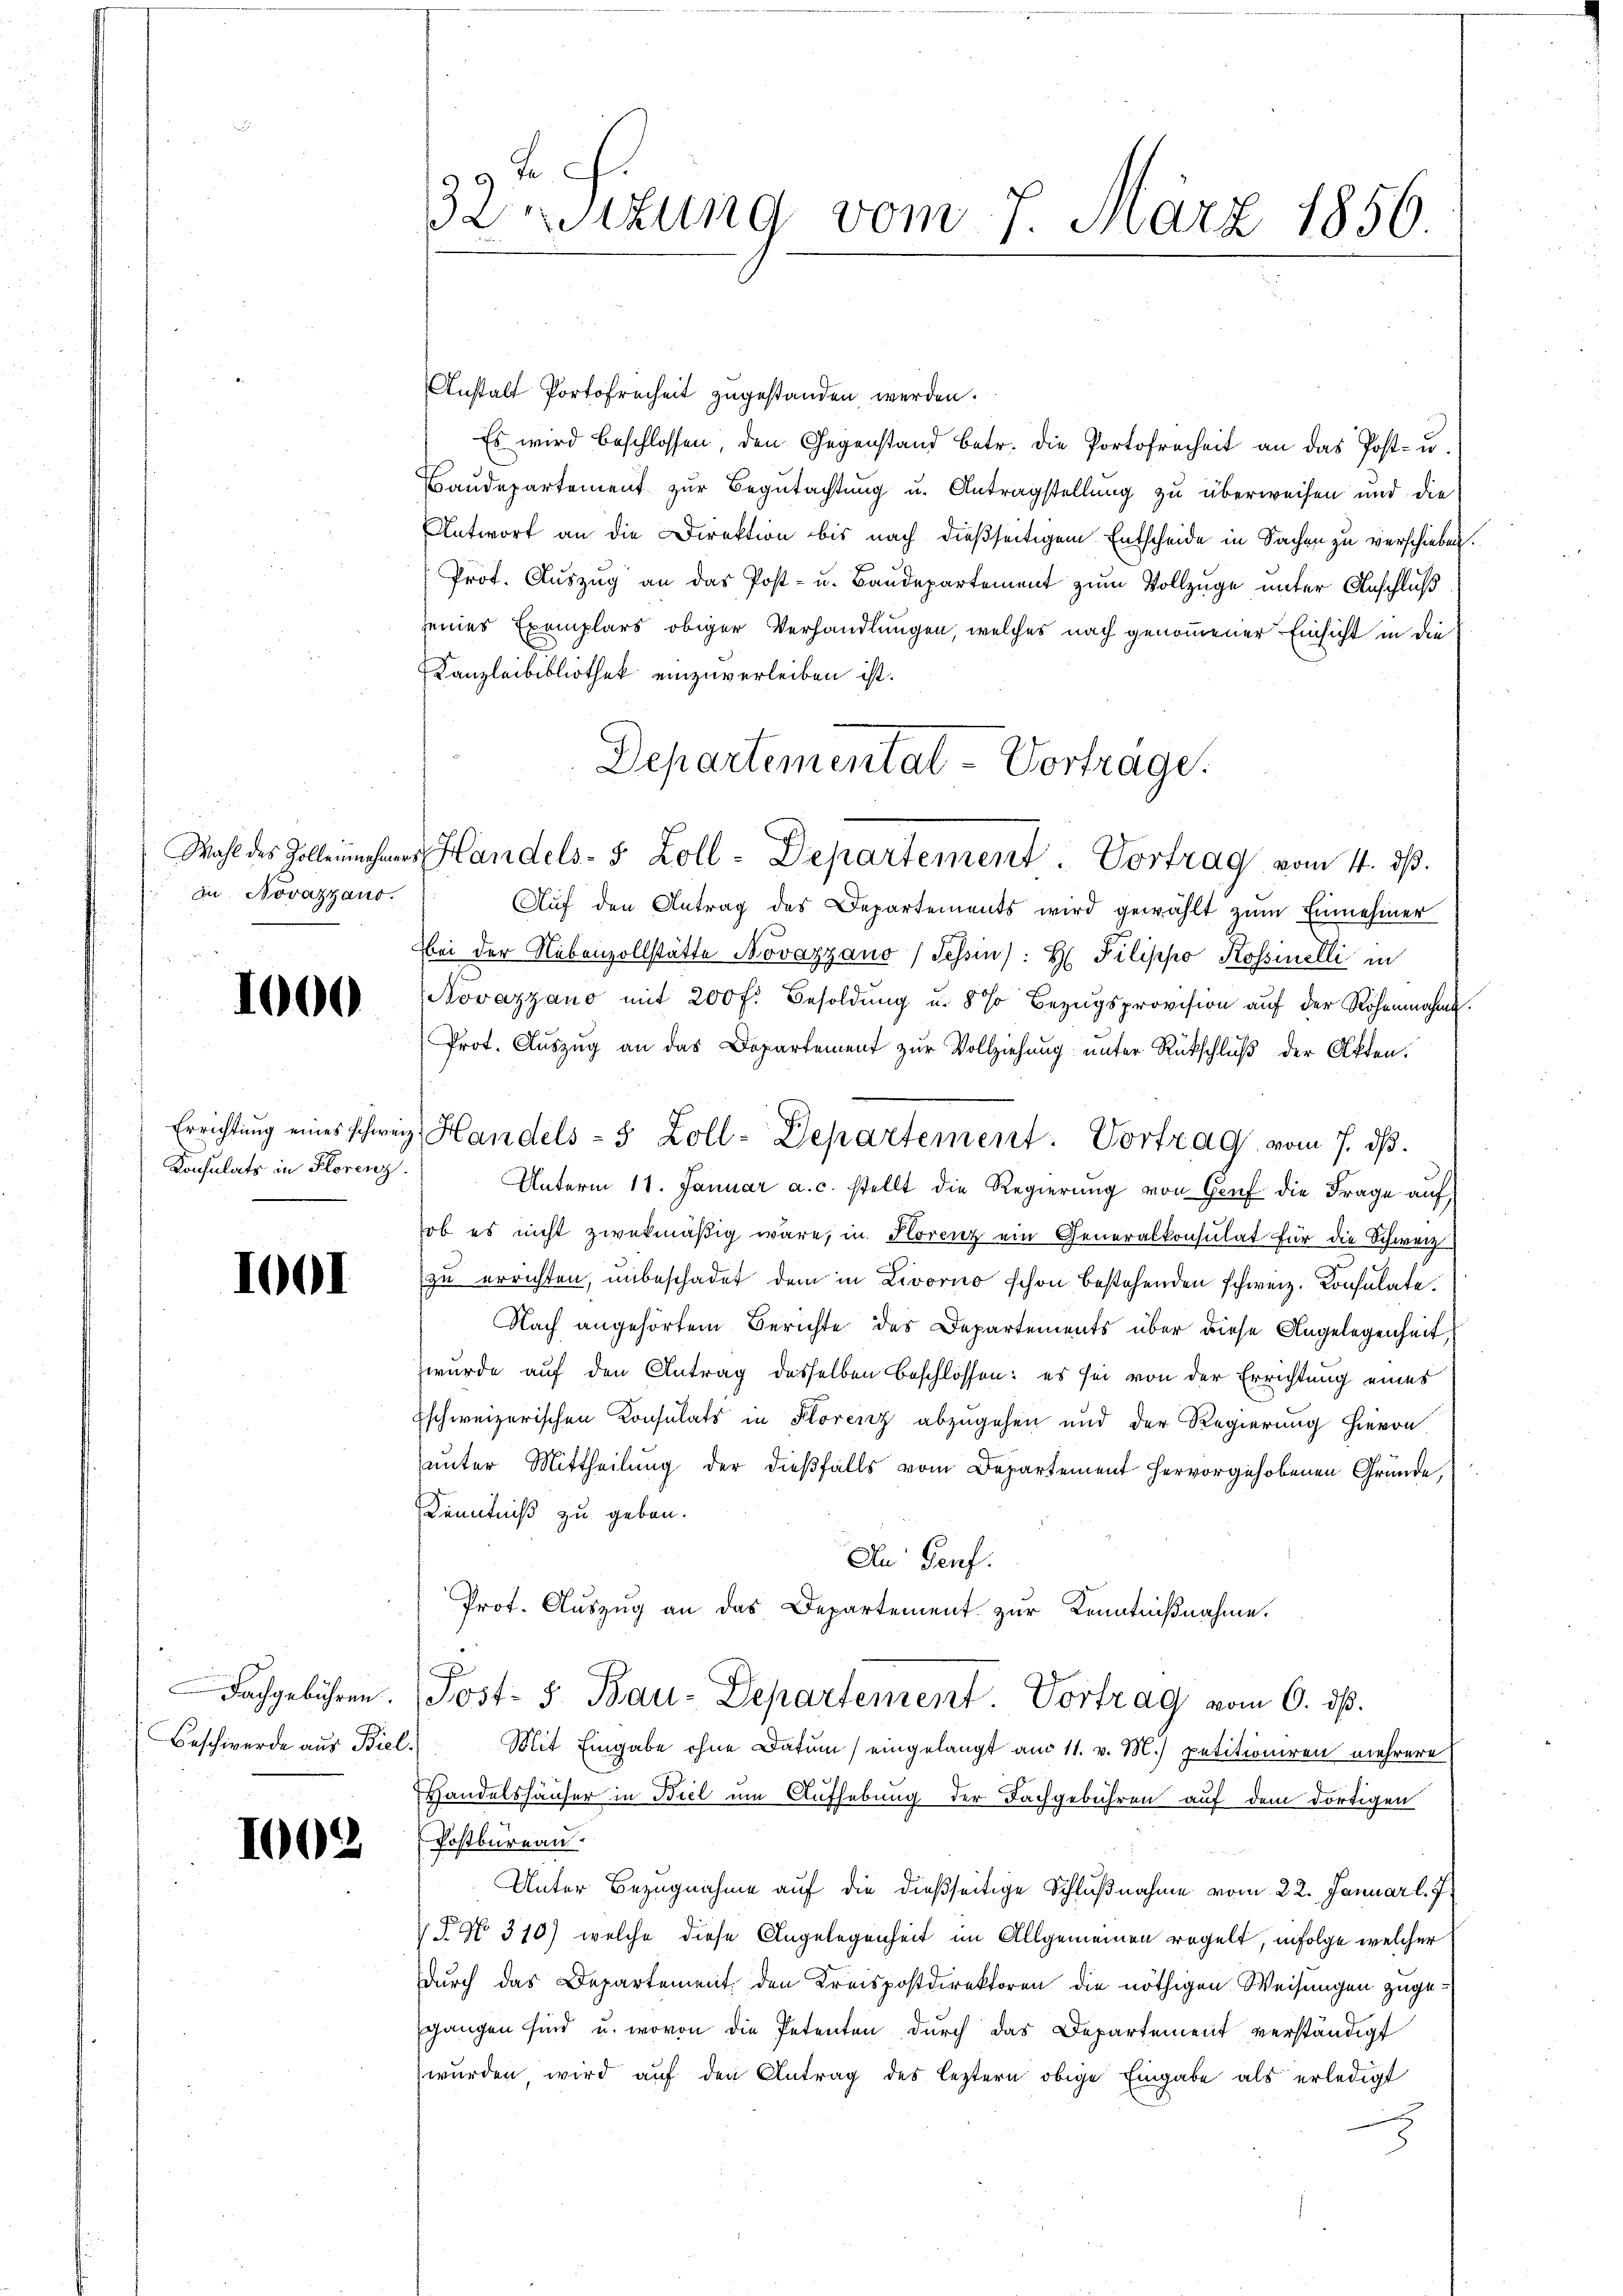
du Novazzano.

1000

Konsulats in Florenz

1001

Beschwerde aus Biel,

1002

Anstalt Portorheit zugestanden werden.
Es wird beschlossen, den Gegenstand betr. die Portofreiheit an das Post- u.
Baudepartement zur Begutachtung u. Antragstellung zu überweisen und die
Antwort an die Direktion bis nach dießseitigem Entscheide in Sachen zu verschieben.
Prof. Auszug an das Post- u. Baudepartement zum Vollzüge unter Anschluß
seines Exemplars obiger Verhandlungen, welches nach genommener Einsicht in die
Kanzleibibliothek einzuverleiben ist.
Aŭf den Antrag des Departements wird gewählt zŭm Einnehmer
bei der Nebenzollstätte Novazzano / Schin): H Pilippo Rossinelli in
Novazzano mit 200 f. Besoldung u. 8 % Bezugsprovision auf der Röhennahme.
Prot. Auszug an das Departement zur Vollziehung unter Rückschluß der Akten.
Unterm 11. Januar a. c. stellt die Regierung von Gruf die Frage auf
ob es nicht zwekmäßig wäre, in Porenz ein Generalkonsulat für die Schweiz
zu errichten, unbeschadet dem in Livorno schon bestehenden schweiz. Konsulate.
Nach angehörtem Berichte des Departements über diese Angelegenheit,
zwurde auf den Antrag desselben beschlossen: es sei von der Errichtung eines
Eschweizerischen Konsulats in Florenz abzugehen und der Regierung hievon
unter Mittheilung der dießfalls vom Departement hervorgehobenen Gründe,
Kenntniß zu geben.
Du Genf.
Prot. Auszug an das Departement zur Kenntnißnahme.
Fachgebühren. Post- 5. Bau-Departement. Vortrag vom 6. dß.
Blit Eingabe ohne Datum) eingelangt am 11. v. M.) petitioniren mehrere
Handelshäuser in Biel um Aufhebung der Fachgebühren auf dem dortigen
Postbureau.
Unter Bezugnahme auf die dießseitige Schlußnahme vom 22. Januar l. J.
 P. No 310) welche diese Angelegenheit im Allgemeinen regelt, infolge welcher
durch das Departement, den Kreispostdirektoren die nöthigen Weisungen zugegangen sind u. wovon die Petenten durch das Departement verständigt
wurden, wird auf den Antrag des leztern obige Eingabe als erledigt

32 Sizung vom 7. März 1856

Departemental - Vortrage
Wahl des Zollen Handels- 5 Zoll-Departement. Vortrag vom 4. ds.

Errichtŭng eines schweiz. Handels- 5 Zoll-Departement. Vortrag vom 7. dβ.